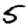
Digit: 5